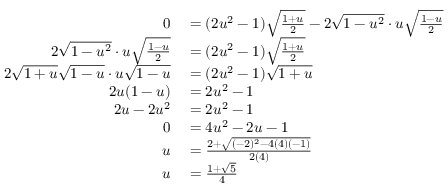
\begin{array} { r l } { 0 } & { { } { } = ( 2 u ^ { 2 } - 1 ) { \sqrt { \frac { 1 + u } { 2 } } } - 2 { \sqrt { 1 - u ^ { 2 } } } \cdot u { \sqrt { \frac { 1 - u } { 2 } } } } \\ { 2 { \sqrt { 1 - u ^ { 2 } } } \cdot u { \sqrt { \frac { 1 - u } { 2 } } } } & { { } { } = ( 2 u ^ { 2 } - 1 ) { \sqrt { \frac { 1 + u } { 2 } } } } \\ { 2 { \sqrt { 1 + u } } { \sqrt { 1 - u } } \cdot u { \sqrt { 1 - u } } } & { { } { } = ( 2 u ^ { 2 } - 1 ) { \sqrt { 1 + u } } } \\ { 2 u ( 1 - u ) } & { { } { } = 2 u ^ { 2 } - 1 } \\ { 2 u - 2 u ^ { 2 } } & { { } { } = 2 u ^ { 2 } - 1 } \\ { 0 } & { { } { } = 4 u ^ { 2 } - 2 u - 1 } \\ { u } & { { } { } = { \frac { 2 + { \sqrt { ( - 2 ) ^ { 2 } - 4 ( 4 ) ( - 1 ) } } } { 2 ( 4 ) } } } \\ { u } & { { } { } = { \frac { 1 + { \sqrt { 5 } } } { 4 } } } \end{array}